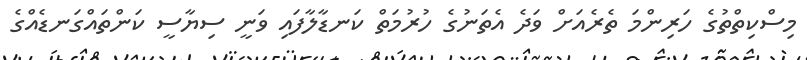
މިސްކިތްތުގެ ހަރިންމަ ތެރެއަށް ވަދެ އެތަނުގެ ހުރުމަތް ކަނޑާލާފައި ވަނީ ސިޔާސީ ކަންތައްގަނޑެއްގެ